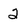
Character: 2